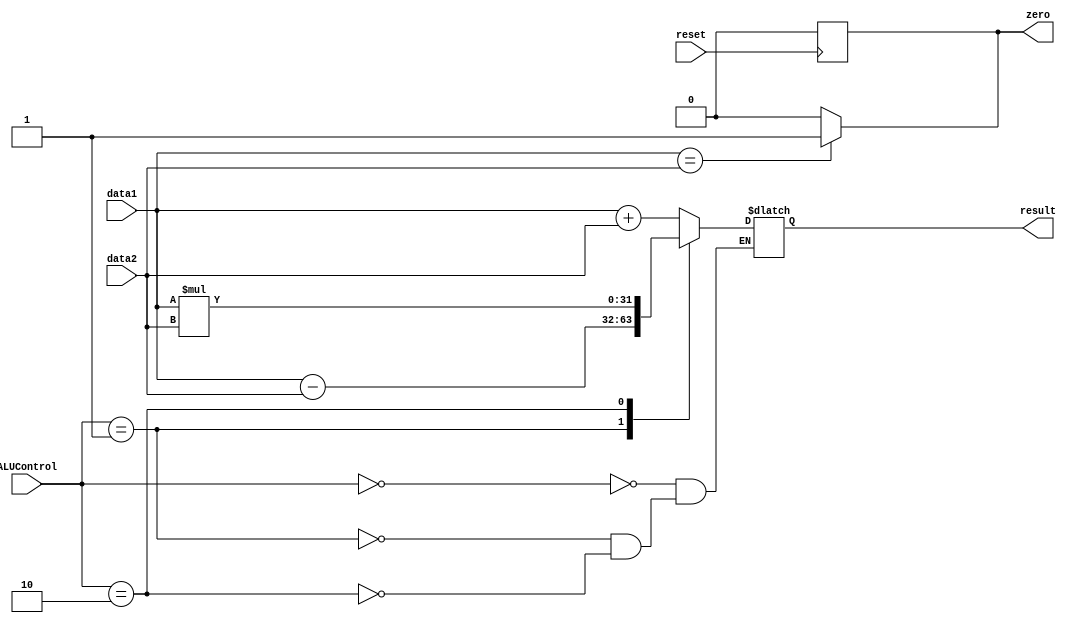
module ALUUnit(data1, data2, ALUControl, zero, result, reset);

input wire reset;
input wire [31:0] data1;
input wire [31:0] data2;
input wire [3:0] ALUControl;
output reg [31:0] result;
output reg zero;

// wire [31:0] neg_data2 = -data2;   //for negative data


parameter ADD = 4'b0000;
parameter MUL = 4'b0010;
parameter SUB = 4'b0001;


always @(posedge reset) zero <= 1'b0;

always @(ALUControl or data1 or data2)
#30
begin

if(data1 == data2)
zero <= 1'b1;
else
zero <= 1'b0;

case(ALUControl)

ADD:
	begin
	result <= data1 + data2;
	end


SUB:
	begin
	result <= data1 - data2;
	end

MUL:
	begin
	result <= data1 * data2;
	end


endcase
end

endmodule